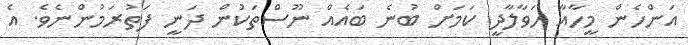
އަންހެން މީހާއާ ހަވާލާދީ ކަމަށް ބުނެ ބައެއް ނޫސްތަކުން ދަނީ ފަތުރަމުންނެވެ. އެ